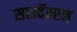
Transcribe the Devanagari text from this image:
साउदॅम्प्टन